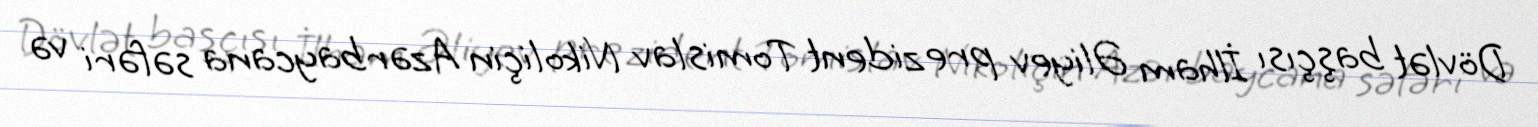
Dövlət başçısı İlham Əliyev prezident Tomislav Nikoliçin Azərbaycana səfəri və